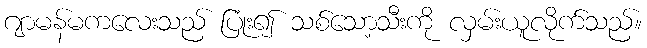
ဂျာမန်မကလေးသည် ပြုံး၍ သစ်သော့သီးကို လှမ်းယူလိုက်သည်။